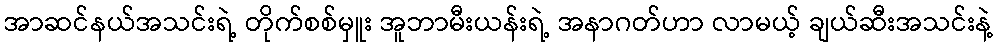
အာဆင်နယ်အသင်းရဲ့ တိုက်စစ်မှူး အူဘာမီးယန်းရဲ့ အနာဂတ်ဟာ လာမယ့် ချယ်ဆီးအသင်းနဲ့